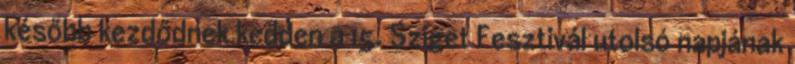
később kezdődnek kedden a 15. Sziget Fesztivál utolsó napjának